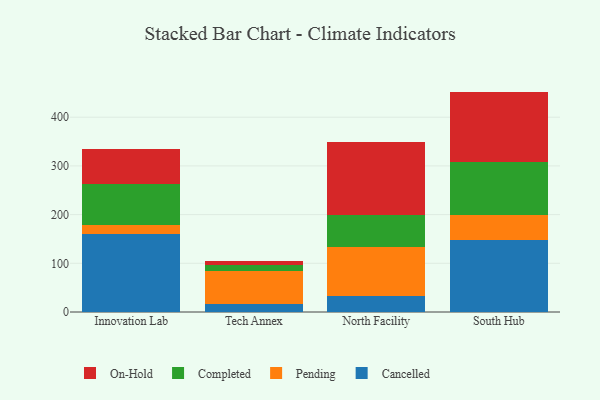
{"axis": {"x": "Campus", "y": "Production Output"}, "legend": ["Cancelled", "Completed", "On-Hold", "Pending"], "data": [{"x": "Innovation Lab", "y": 159.3, "type": "Cancelled"}, {"x": "Innovation Lab", "y": 19.1, "type": "Pending"}, {"x": "Innovation Lab", "y": 85.1, "type": "Completed"}, {"x": "Innovation Lab", "y": 72.0, "type": "On-Hold"}, {"x": "Tech Annex", "y": 17.0, "type": "Cancelled"}, {"x": "Tech Annex", "y": 67.9, "type": "Pending"}, {"x": "Tech Annex", "y": 10.9, "type": "Completed"}, {"x": "Tech Annex", "y": 9.9, "type": "On-Hold"}, {"x": "North Facility", "y": 33.1, "type": "Cancelled"}, {"x": "North Facility", "y": 101.2, "type": "Pending"}, {"x": "North Facility", "y": 65.1, "type": "Completed"}, {"x": "North Facility", "y": 149.5, "type": "On-Hold"}, {"x": "South Hub", "y": 148.5, "type": "Cancelled"}, {"x": "South Hub", "y": 50.0, "type": "Pending"}, {"x": "South Hub", "y": 110.2, "type": "Completed"}, {"x": "South Hub", "y": 143.9, "type": "On-Hold"}]}